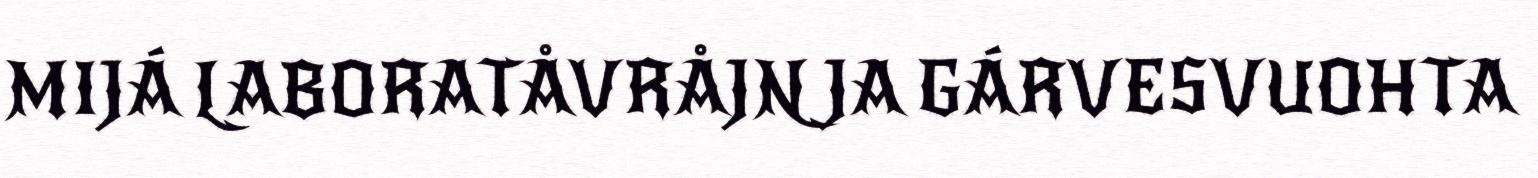
MIJÁ LABORATÅVRÅJN JA GÁRVESVUOHTA